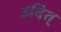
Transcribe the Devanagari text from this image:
उदित्